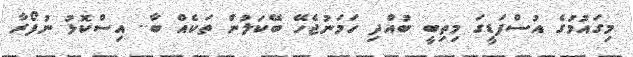
މިގައުމުގެ އުސްފަޑީގަ މިތިބީ ބުއްދި ހަމަނުޖެހޭ ބޭކަލުން ތަކެއް ބާ.. އިސްކޮޅު ނުފޯރާ